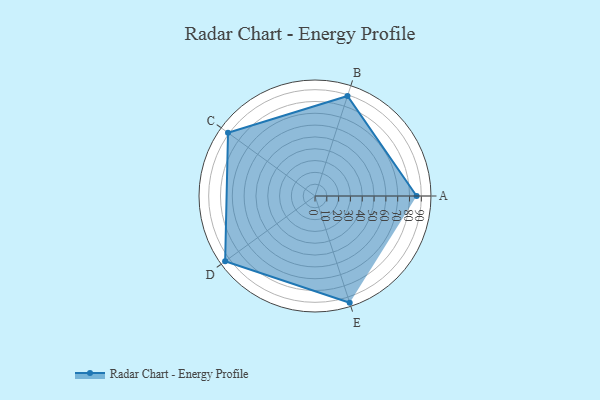
{"axis": {"x": "Skill", "y": "Score"}, "legend": ["Profile"], "data": [{"x": "A", "y": 86.0, "type": "Profile"}, {"x": "B", "y": 89.0, "type": "Profile"}, {"x": "C", "y": 91.0, "type": "Profile"}, {"x": "D", "y": 94.0, "type": "Profile"}, {"x": "E", "y": 95.0, "type": "Profile"}]}